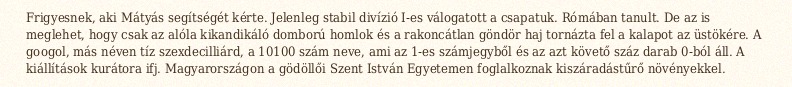
Frigyesnek, aki Mátyás segítségét kérte. Jelenleg stabil divízió I-es válogatott a csapatuk. Rómában tanult. De az is meglehet, hogy csak az alóla kikandikáló domború homlok és a rakoncátlan göndör haj tornázta fel a kalapot az üstökére. A googol, más néven tíz szexdecilliárd, a 10100 szám neve, ami az 1-es számjegyből és az azt követő száz darab 0-ból áll. A kiállítások kurátora ifj. Magyarországon a gödöllői Szent István Egyetemen foglalkoznak kiszáradástűrő növényekkel.